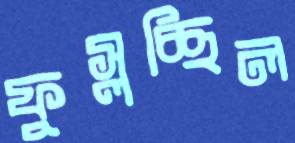
ফুস্‌লচ্ছিল